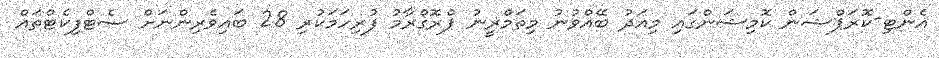
އެންޓި-ކޮރަޕްޝަން ކޮމިޝަންގައި މިއަދު ބޭއްވުނު މިތަމްރީނު ޕްރޮގްރާމު ފުރިހަމަކުރި 28 ބައިވެރިންނަށް ސެޓްފިކެޓްތައް